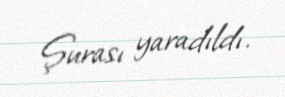
Şurası yaradıldı.